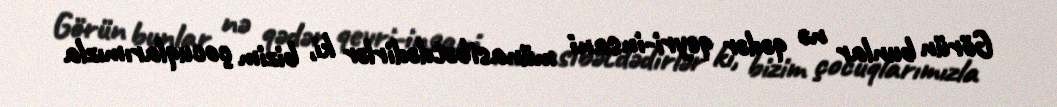
Görün bunlar nə qədər qeyri-insani münasibətdədirlər ki, bizim çocuqlarımızla